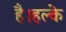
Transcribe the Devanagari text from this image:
है।हल्के